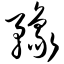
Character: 豫